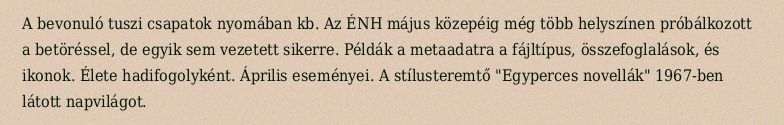
A bevonuló tuszi csapatok nyomában kb. Az ÉNH május közepéig még több helyszínen próbálkozott a betöréssel, de egyik sem vezetett sikerre. Példák a metaadatra a fájltípus, összefoglalások, és ikonok. Élete hadifogolyként. Április eseményei. A stílusteremtő "Egyperces novellák" 1967-ben látott napvilágot.